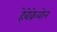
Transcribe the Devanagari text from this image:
हेबेक्रेवोन